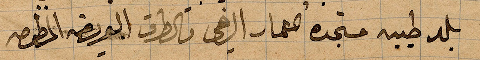
بلد طيبة مستجدة المعمار الرخي والطرق العريضة المرصوصة